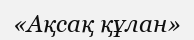
«Ақсақ құлан»